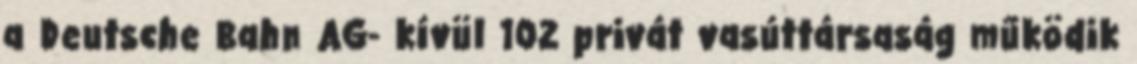
a Deutsche Bahn AG- kívül 102 privát vasúttársaság működik